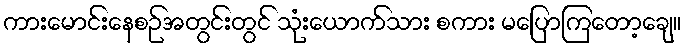
ကားမောင်းနေစဉ်အတွင်းတွင် သုံးယောက်သား စကား မပြောကြတော့ချေ။